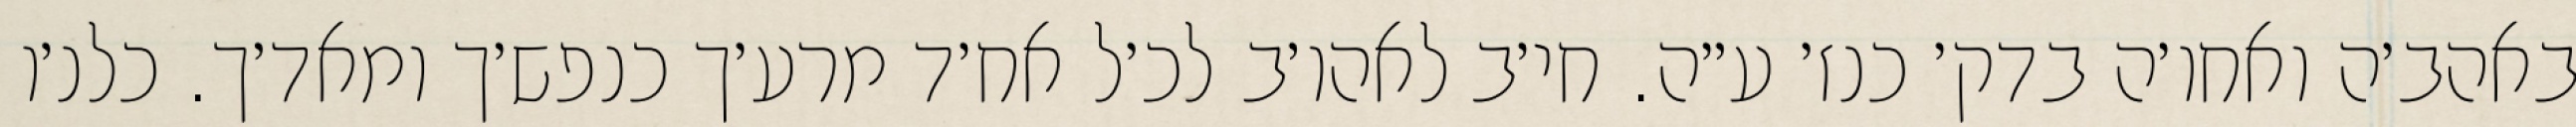
באהב׳ה ואחו׳ה בדק׳ כנז׳ ע״ה. חי׳ב לאהו׳ב לכ׳ל אח׳ד מרע׳ך כנפש׳ך ומאד׳ך. כלנ׳ו